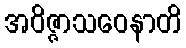
အဝိဇ္ဇာသဝေနာတိ